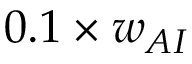
{ 0 . 1 } \times { w _ { A I } }